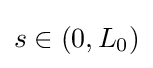
s\in (0,L_{0})